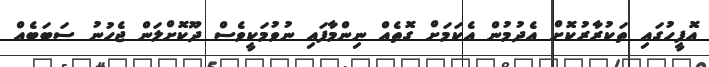
އޮފީހުގައި ތަކުރާރުކޮށް އެދުމުން އެކަމަށް ގޮތެއް ނިންމާފައި ނުވުމަކީވެސް ދޫކޮށްލަން ޖެހުނު ސަބަބެއް